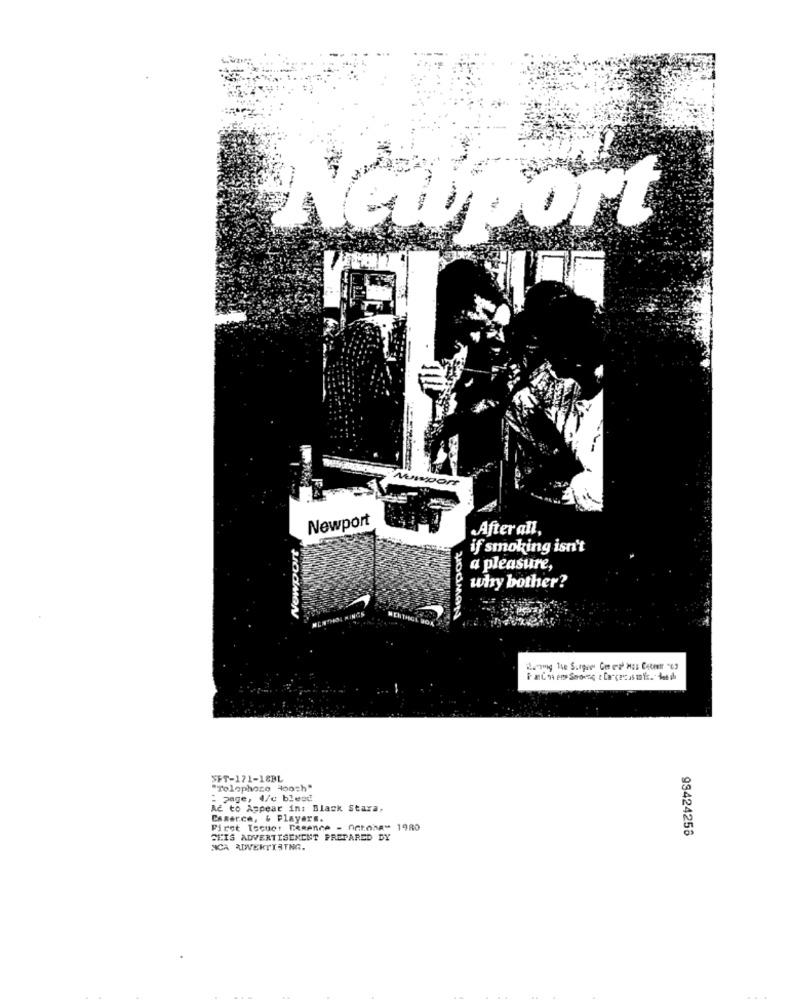
sport
Newport
After all,
if smoking isn't
a pleasure,
why bother?
TNTHOL RINGS
UOdMON
MENTHGE BOX
SFT-171-18BL
"Tolophore Hooch"
: page, 4/c bleed
Ač to Appear in: Black Stara.
CABerch, & Players.
First Tocuc: DeRence - fiatone" 1980
93424258
CEIS ADVERTISEMENT PREPARED DY
NCA ADVERTISING.